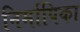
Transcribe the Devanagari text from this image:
निर्मापिका